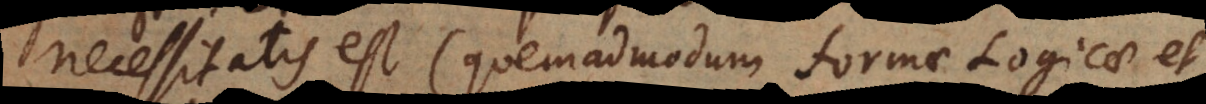
necessitatis est (quemadmodum formae Logicae et